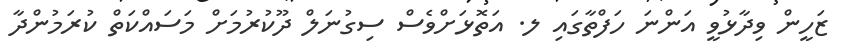
ޒަހީން ވިދާޅުވީ އަންނަ ހަފްތާގައި ލ. އަތޮޅަށްވެސް ސިގުނަލް ދޫކުރުމަށް މަސައްކަތް ކުރަމުންދާ